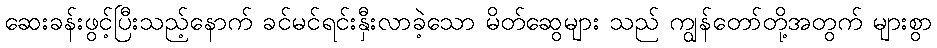
ဆေးခန်းဖွင့်ပြီးသည့်နောက် ခင်မင်ရင်းနှီးလာခဲ့သော မိတ်ဆွေများ သည် ကျွန်တော်တို့အတွက် များစွာ